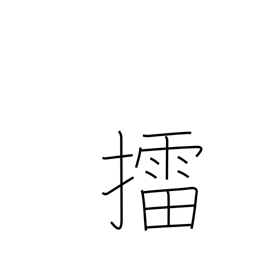
Meaning: mash